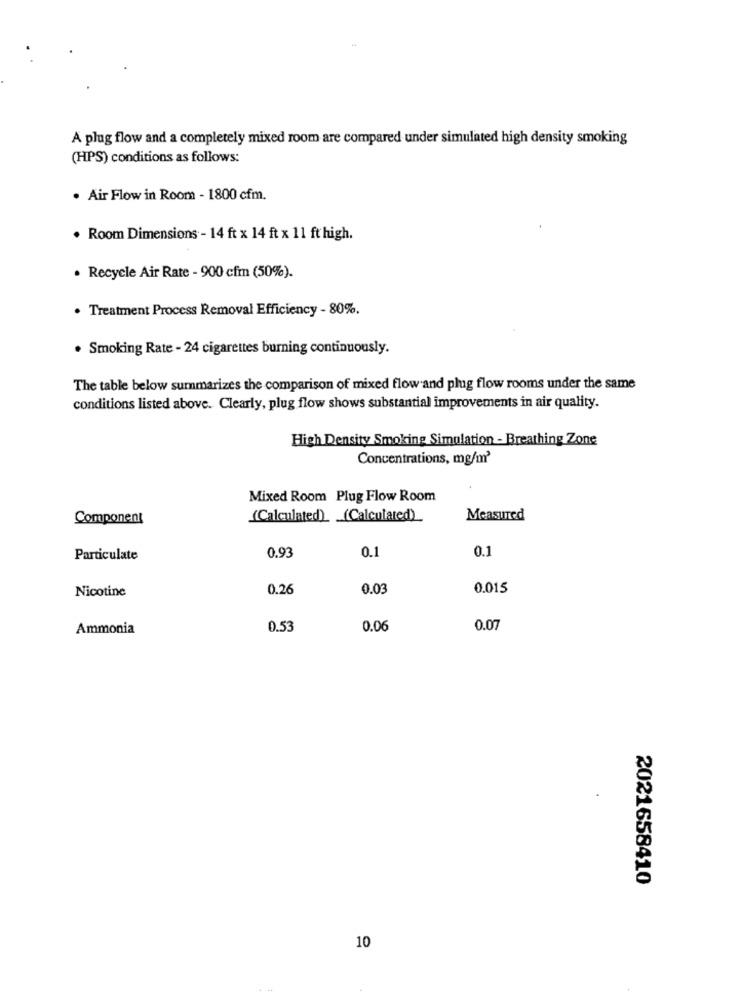
A plug flow and a completely mixed room are compared under simulated high density smoking
(HPS) conditions as follows:
. Air Flow in Room - 1800 cfm.
. Room Dimensions - 14 ft x 14 ft x 11 ft high.
· Recycle Air Rate - 900 cfm (50%).
. Treatment Process Removal Efficiency - 80%.
· Smoking Rate - 24 cigarettes burning continuously.
The table below summarizes the comparison of mixed flow and plug flow rooms under the same
conditions listed above. Clearly, plug flow shows substantial improvements in air quality.
High Density Smoking Simulation - Breathing Zone
Concentrations, mg/m3
Mixed Room Plug Flow Room
Component
(Calculated) (Calculated)
Measured
0.1
0.1
Particulate
0.93
Nicotine
0.26
0.03
0.015
Ammonia
0.53
0.06
0.07
2021658410
10